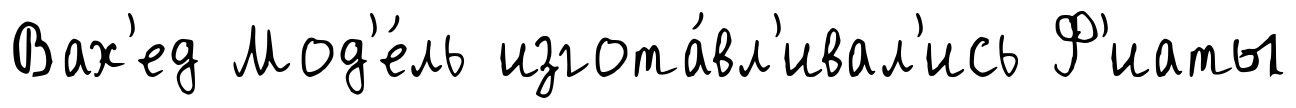
Вах'ед Мод'е́ль изгота́вл'ивал'ись Ф'иаты